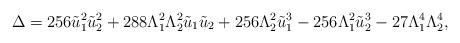
LaTeX: \begin{align*}\Delta=256 \tilde{u}_1^2 \tilde{u}_2^2 + 288 \Lambda_1^2 \Lambda_2^2 \tilde{u}_1 \tilde{u}_2 +256 \Lambda_2^2 \tilde{u}_1^3 -256 \Lambda_1^2 \tilde{u}_2^3 -27 \Lambda_1^4 \Lambda_2^4,\end{align*}